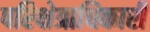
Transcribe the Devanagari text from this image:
परिक्षेत्राधिकारी